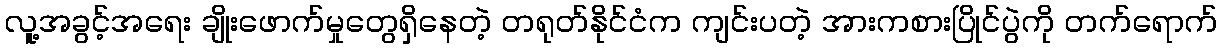
လူ့အခွင့်အရေး ချိုးဖောက်မှုတွေရှိနေတဲ့ တရုတ်နိုင်ငံက ကျင်းပတဲ့ အားကစားပြိုင်ပွဲကို တက်ရောက်